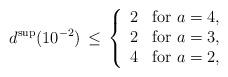
LaTeX: \begin{align*}d^{\rm sup}(10^{-2})\,\leq\,\left\{\begin{array}{ll}2&\mbox{for\ }a=4,\\ 2&\mbox{for\ }a=3,\\4&\mbox{for\ }a=2,\end{array}\right.\end{align*}